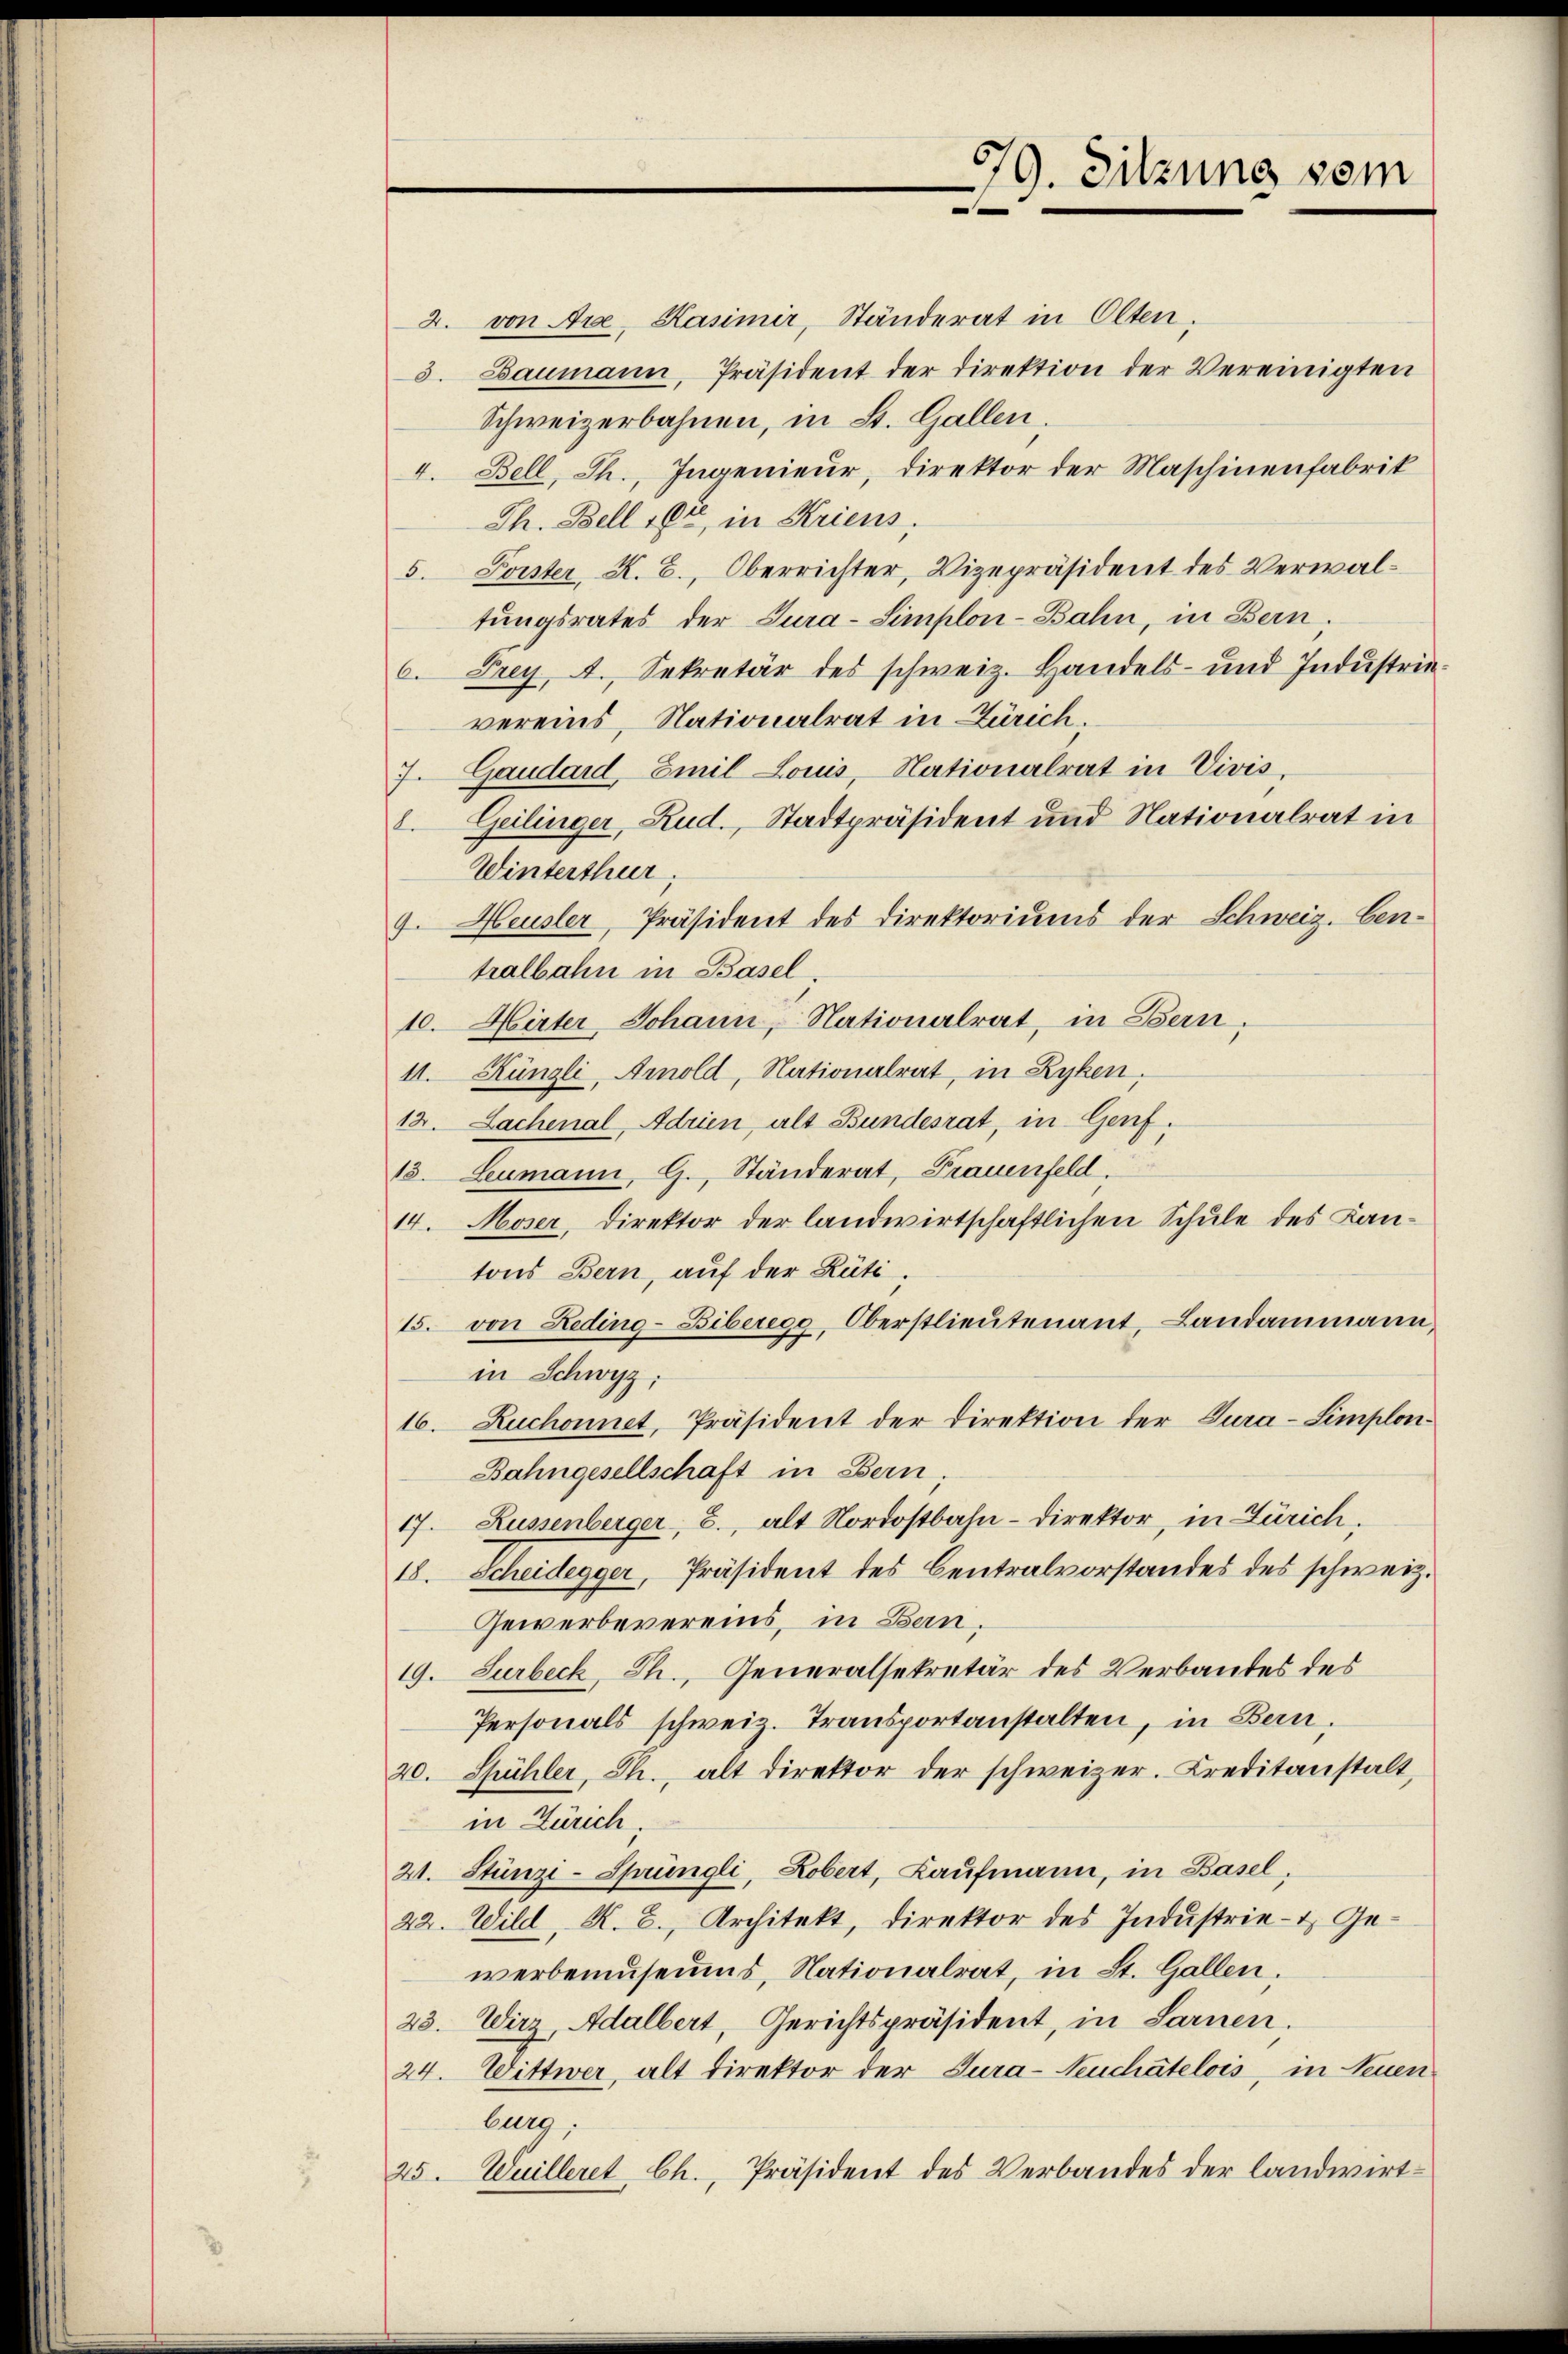
2. von Arze, Kasimir, Ständerat in Olten,
3. Baumann, Präsident der Direktion der Vereinigten
Schweizerbahnen, in St. Gallen.
I. Bell, Th., Ingenieur, Direktor der Maschinenfabrik
Th. Bell 16ten in Kriens,
5. Forster, K. B., Oberrichter, Vizepräsident des Verwaltŭngsrates der Cura-Simplon-Bahn, in Bern.
6. Frey, A. Sekretär des schweiz. Handels- und Industrievereins, Nationalrat in Zürich.
7. Gaudard, Emil Louis, Nationalrat in Vivis,
2. Geilinger, Rud., Stadtpräsident und Nationalrat in
Winterthur,
4. Heusler, Präsident des Direktoriums der Schweiz. ben-
tralbahn in Basel,
10. Hirter Johann, Nationalrat, in Bern,
11. Künzli, Arnold, Nationalrat, in Zyken,
12. Lachenal, Adrien, als Bundesrat, in Genf.
13. Leumann, G., Ständerat, Frauenfeld.
14. Moser, Direktor der landwirtschaftlichen Schule des Kantons Bern, auf der Rüti.
15. von Reding-Biberegg, Oberstlieutenant, Landammann,
in Schwyz;
16. Zuchonnet, Präsident der Direktion der Tura-Simplon¬
Bahngesellschaft in Bern;
17. Russenberger, 3., alt Nordostbahn-Direktor, in Zürich,
18. Scheidegger, Präsident des Centralvorstandes des schweiz.
Gewerbevereins, in Bern,
19. Surbeck, Ph., Generalsekretär des Verbandes des
Personals schweiz. Transportanstalten, in Bern,
20. Spühler, Ch., alt direktor der schweizer. Creditanstalt,
in Zürich.
21. Stünzi-Sprüngli, Robert, Kaufmann, in Basel,
22. Wild, K. B., Architekt, direktor des Industrie- & Gewerbemuseums, Nationalrat, in St. Gallen.
23. Wirz, Adalbert, Gerichtspräsident, in Sarnen.
24. Wittwer, alt Direktor der Cura-Neuchâtelois, in Neuen
burg;
25. Wuilleret Ch., Präsident des Verbandes der landwirt¬

379. Sitzung sein
e